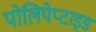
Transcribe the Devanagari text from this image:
पोलिपेप्टाइड